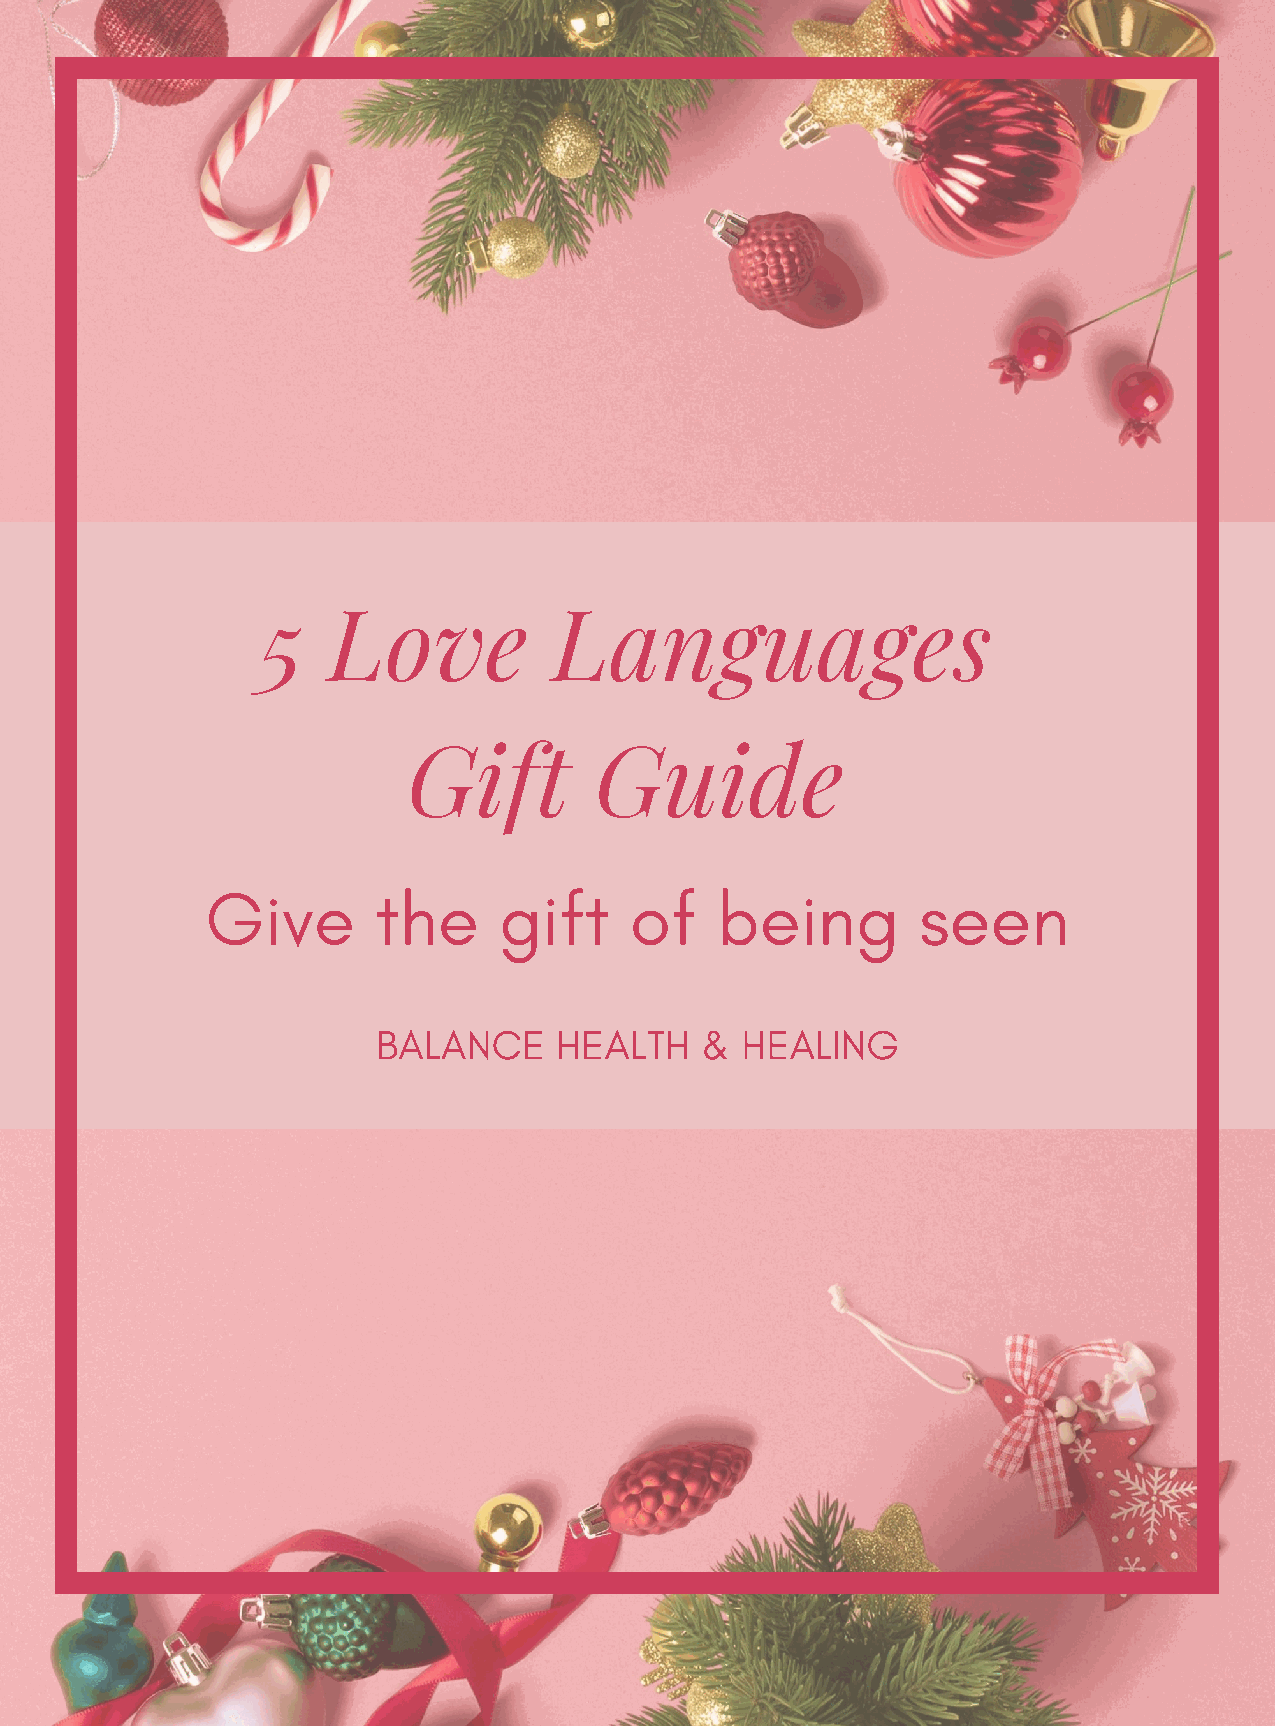
5    Love           Languages
 Gift        Guide
 Give       the     gift     of   being         seen
 BALANCE     HEALTH   &  HEALING